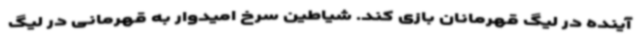
آینده در لیگ قهرمانان بازی کند. شیاطین سرخ امیدوار به قهرمانی در لیگ